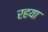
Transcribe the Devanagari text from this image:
रहया